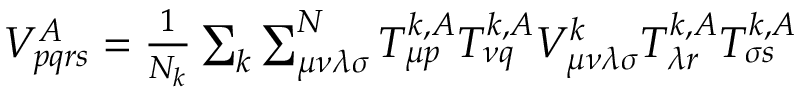
\begin{array} { r } { V _ { p q r s } ^ { A } = \frac { 1 } { N _ { k } } \sum _ { k } \sum _ { \mu \nu \lambda \sigma } ^ { N } T _ { \mu p } ^ { k , A } T _ { \nu q } ^ { k , A } V _ { \mu \nu \lambda \sigma } ^ { k } T _ { \lambda r } ^ { k , A } T _ { \sigma s } ^ { k , A } } \end{array}